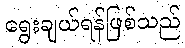
ရွေးချယ်ရန်ဖြစ်သည်